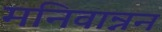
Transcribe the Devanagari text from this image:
मनिवान्नन